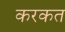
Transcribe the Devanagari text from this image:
करकत